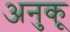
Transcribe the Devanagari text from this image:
अनुकू